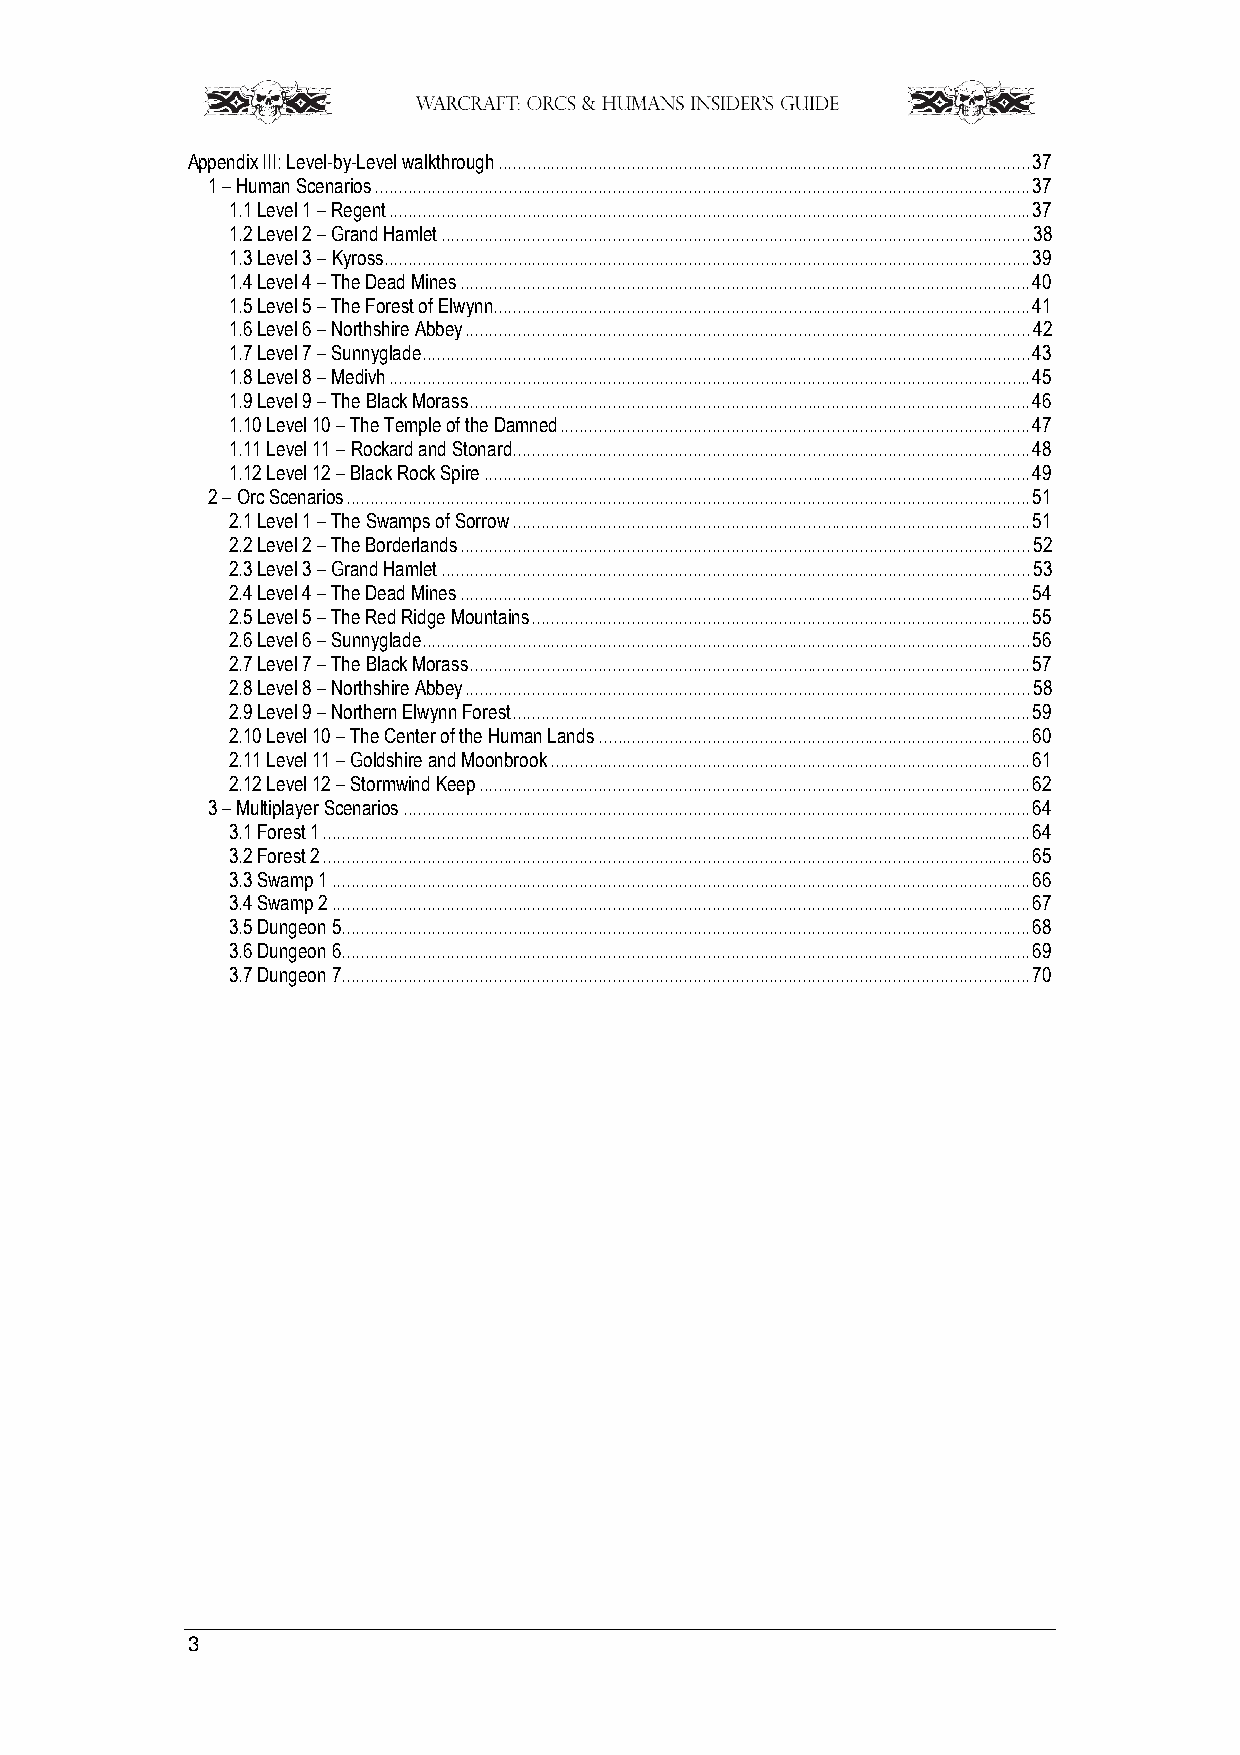
Appendix III: Level-by-Level walkthrough ................................................................................................................ 37
 1 – Human Scenarios .......................................................................................................................................... 37
 1.1 Level 1 – Regent ....................................................................................................................................... 37
 1.2 Level 2 – Grand Hamlet ............................................................................................................................ 38
 1.3 Level 3 – Kyross ........................................................................................................................................ 39
 1.4 Level 4 – The Dead Mines ........................................................................................................................ 40
 1.5 Level 5 – The Forest of Elwynn ................................................................................................................. 41
 1.6 Level 6 – Northshire Abbey ....................................................................................................................... 42
 1.7 Level 7 – Sunnyglade ................................................................................................................................ 43
 1.8 Level 8 – Medivh ....................................................................................................................................... 45
 1.9 Level 9 – The Black Morass ...................................................................................................................... 46
 1.10 Level 10 – The Temple of the Damned ................................................................................................... 47
 1.11 Level 11 – Rockard and Stonard ............................................................................................................. 48
 1.12 Level 12 – Black Rock Spire ................................................................................................................... 49
 2 – Orc Scenarios ................................................................................................................................................ 51
 2.1 Level 1 – The Swamps of Sorrow ............................................................................................................. 51
 2.2 Level 2 – The Borderlands ........................................................................................................................ 52
 2.3 Level 3 – Grand Hamlet ............................................................................................................................ 53
 2.4 Level 4 – The Dead Mines ........................................................................................................................ 54
 2.5 Level 5 – The Red Ridge Mountains ......................................................................................................... 55
 2.6 Level 6 – Sunnyglade ................................................................................................................................ 56
 2.7 Level 7 – The Black Morass ...................................................................................................................... 57
 2.8 Level 8 – Northshire Abbey ....................................................................................................................... 58
 2.9 Level 9 – Northern Elwynn Forest ............................................................................................................. 59
 2.10 Level 10 – The Center of the Human Lands ........................................................................................... 60
 2.11 Level 11 – Goldshire and Moonbrook ..................................................................................................... 61
 2.12 Level 12 – Stormwind Keep .................................................................................................................... 62
 3 – Multiplayer Scenarios .................................................................................................................................... 64
 3.1 Forest 1 ..................................................................................................................................................... 64
 3.2 Forest 2 ..................................................................................................................................................... 65
 3.3 Swamp 1 ................................................................................................................................................... 66
 3.4 Swamp 2 ................................................................................................................................................... 67
 3.5 Dungeon 5 ................................................................................................................................................. 68
 3.6 Dungeon 6 ................................................................................................................................................. 69
 3.7 Dungeon 7 ................................................................................................................................................. 70
 3